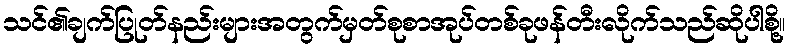
သင်၏ချက်ပြုတ်နည်းများအတွက်မှတ်စုစာအုပ်တစ်ခုဖန်တီးလိုက်သည်ဆိုပါစို့။